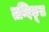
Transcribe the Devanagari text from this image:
तन्दिकूल